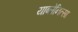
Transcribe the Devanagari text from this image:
याब्लेनित्सा